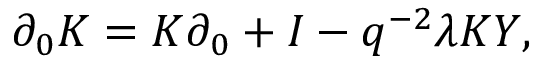
\partial _ { 0 } K = K \partial _ { 0 } + I - q ^ { - 2 } \lambda K Y ,